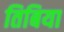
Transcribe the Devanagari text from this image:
तिबिया